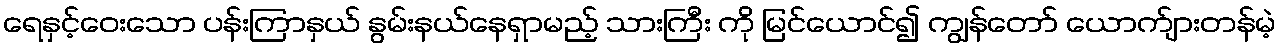
ရေနှင့်ဝေးသော ပန်းကြာနှယ် နွမ်းနယ်နေရှာမည့် သားကြီး ကို မြင်ယောင်၍ ကျွန်တော် ယောက်ျားတန်မဲ့